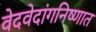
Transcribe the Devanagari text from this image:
वेदवेदांगनिष्णात